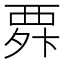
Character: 𮗃